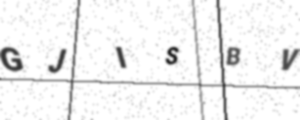
Text: GJISBV